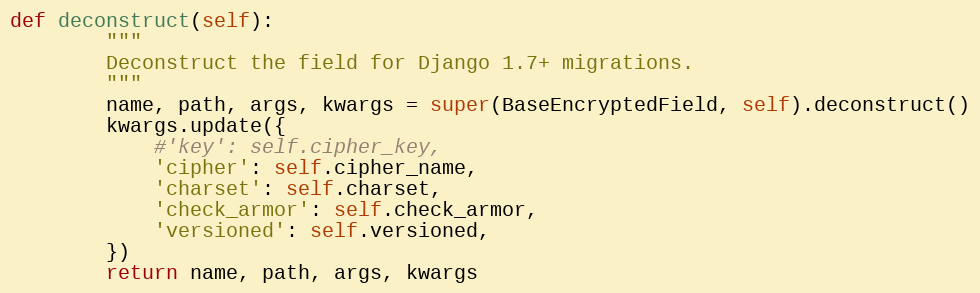
Language: Python
def deconstruct(self):
        """
        Deconstruct the field for Django 1.7+ migrations.
        """
        name, path, args, kwargs = super(BaseEncryptedField, self).deconstruct()
        kwargs.update({
            #'key': self.cipher_key,
            'cipher': self.cipher_name,
            'charset': self.charset,
            'check_armor': self.check_armor,
            'versioned': self.versioned,
        })
        return name, path, args, kwargs